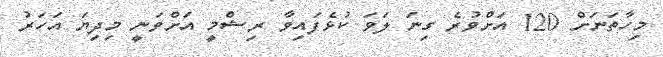
މިހާތަނަށް 120 އަށްވުރެ ގިނަ ލަވަ ކުޅެފައިވާ ރިޝްމީ އަށްވަނީ މިދިޔަ އަހަރު